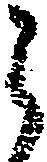
ら